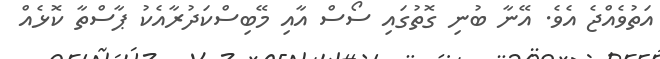
އަތުވެއްޖެ އެވެ. އޭނާ ބުނި ގޮތުގައި ސޯސް އާއި މޭބިސްކަދުރާއެކު ޕާސްތާ ކޮޅެއް